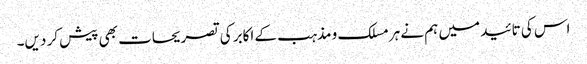
اس کی تائید میں ہم نے ہر مسلک و مذہب کے اکابر کی تصریحات بھی پیش کر دیں۔